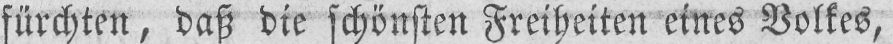
fürchten, daß die schönen Freiheiten eines Volkes,